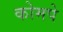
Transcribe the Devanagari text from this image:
कोमपे